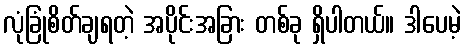
လုံခြုံစိတ်ချရတဲ့ အပိုင်းအခြား တစ်ခု ရှိပါတယ်။ ဒါပေမဲ့